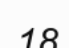
18